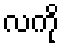
လကို